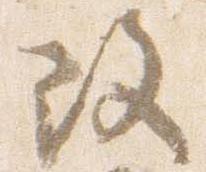
改